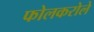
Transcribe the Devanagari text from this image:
फोलकरोले